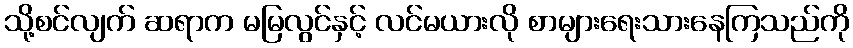
သို့စင်လျက် ဆရာက မမြလွင်နှင့် လင်မယားလို စာများရေးသားနေကြသည်ကို